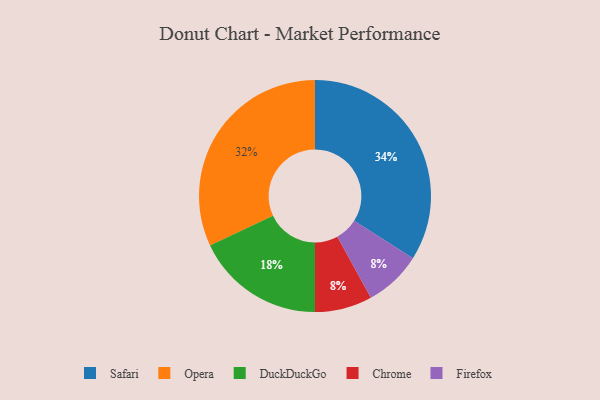
{"axis": {"x": "Category", "y": "Percentage"}, "legend": ["Chrome", "DuckDuckGo", "Firefox", "Opera", "Safari"], "data": [{"x": "Chrome", "y": 8, "type": "Chrome"}, {"x": "Firefox", "y": 8, "type": "Firefox"}, {"x": "DuckDuckGo", "y": 18, "type": "DuckDuckGo"}, {"x": "Opera", "y": 32, "type": "Opera"}, {"x": "Safari", "y": 34, "type": "Safari"}]}